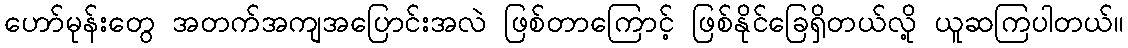
ဟော်မုန်းတွေ အတက်အကျအပြောင်းအလဲ ဖြစ်တာကြောင့် ဖြစ်နိုင်ခြေရှိတယ်လို့ ယူဆကြပါတယ်။